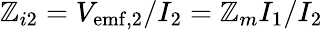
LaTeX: \mathbb{Z}_{i2}=V_{\mathrm{{emf,2}}}/I_{2}=\mathbb{Z}_{m}I_{1}/I_{2}